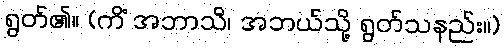
ရွတ်၏။ (ကိံ အဘာသိ၊ အဘယ်သို့ ရွတ်သနည်း။)